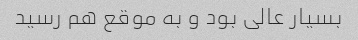
بسیار عالی بود و به موقع هم رسید